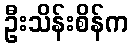
ဦးသိန်းစိန်က